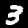
Label: 3